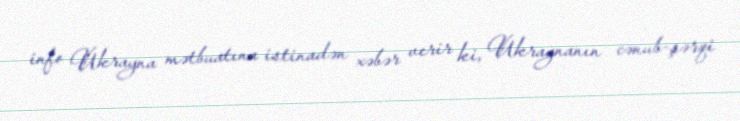
info Ukrayna mətbuatına istinadən xəbər verir ki, Ukraynanın cənub-şərqi